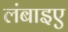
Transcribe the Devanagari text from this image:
लंबाइए